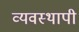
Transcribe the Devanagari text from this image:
व्यवस्थापी